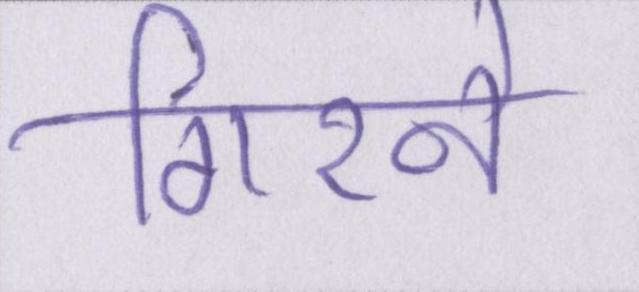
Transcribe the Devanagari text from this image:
गिरने